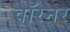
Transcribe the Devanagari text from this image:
वॉरनर